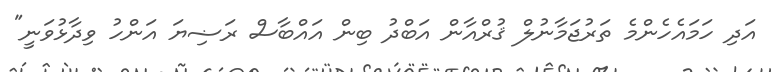
އަދި ހަމައެހެންމެ ތަރުޖަމާނުލް ޤުރްއާން އަބްދު ބިން އައްބާސް ރަޟިޔަ އަންހު ވިދާޅުވަނީ"